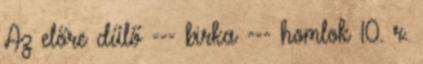
Az előre dűlő --- birka --- homlok 10. r.